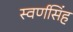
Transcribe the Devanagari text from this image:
स्वर्णसिंह